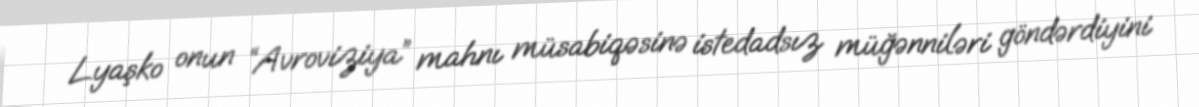
Lyaşko onun “Avroviziya” mahnı müsabiqəsinə istedadsız müğənniləri göndərdiyini